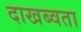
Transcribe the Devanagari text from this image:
दाखब्वता